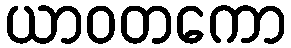
ယာဝတကော